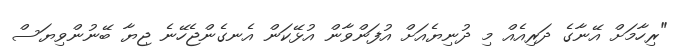
"ރިހާމަށް އޭނާގެ ދަރިއެއް މި ދުނިޔެއަށް އުފަންވާން އުޅޭކަން އެނގެންޖެހޭނެ ޖިޔާ ބޭނުންވިޔަސް